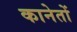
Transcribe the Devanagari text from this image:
कानेतों